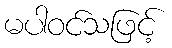
မပါဝင်သဖြင့်